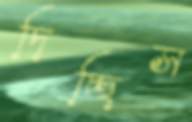
দিচ্ছিস